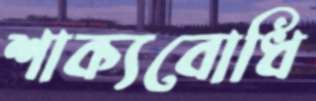
শাক্যবোধি